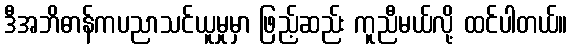
ဒီအဘိဓာန်ကပညာသင်ယူမှုမှာ ဖြည့်ဆည်း ကူညီမယ်လို့ ထင်ပါတယ်။